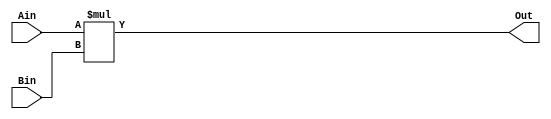
module Multi(input[7:0] Ain,input [31:0] Bin, output[31:0] Out);
	assign Out = Ain * Bin;
endmodule